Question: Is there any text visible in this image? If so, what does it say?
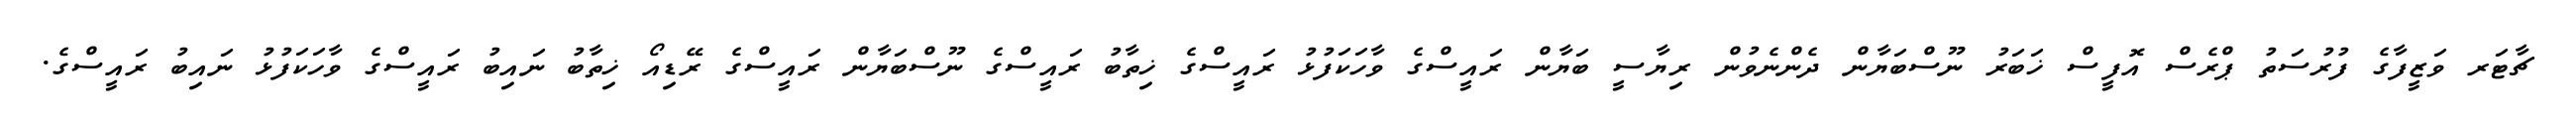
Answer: ޗާޓަރ ވަޒީފާގެ ފުރުސަތު ޕްރެސް އޮފީސް ޚަބަރު ނޫސްބަޔާން ދެންނެވުން ރިޔާސީ ބަޔާން ރައީސްގެ ވާހަކަފުޅު ރައީސްގެ ޚިތާބު ރައީސްގެ ނޫސްބަޔާން ރައީސްގެ ރޭޑިއޯ ޚިތާބު ނައިބު ރައީސްގެ ވާހަކަފުޅު ނައިބު ރައީސްގެ.